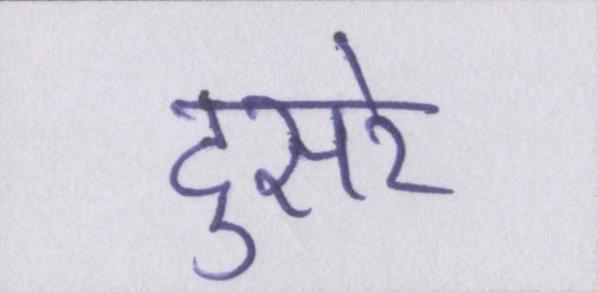
दुसरे